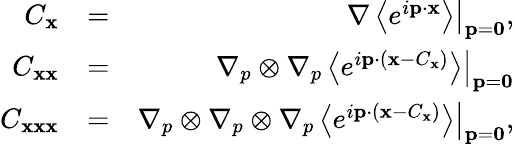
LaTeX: \begin{array}{rlr}{C_{\mathbf x}}&{=}&{\left.\nabla\left\langle e^{i{\mathbf p}\cdot{\mathbf x}}\right\rangle\right\rvert_{{\mathbf p}={\boldsymbol 0}},}\\ {C_{{\mathbf x}{\mathbf x}}}&{=}&{\left.\nabla_{p}\otimes\nabla_{p}\left\langle e^{i{\mathbf p}\cdot({\mathbf x}-C_{\mathbf x})}\right\rangle\right\rvert_{{\mathbf p}={\boldsymbol 0}}}\\ {C_{{\mathbf x}{\mathbf x}{\mathbf x}}}&{=}&{\left.\nabla_{p}\otimes\nabla_{p}\otimes\nabla_{p}\left\langle e^{i{\mathbf p}\cdot({\mathbf x}-C_{\mathbf x})}\right\rangle\right\rvert_{{\mathbf p}={\boldsymbol 0}},}\end{array}